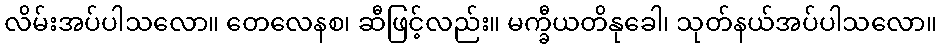
လိမ်းအပ်ပါသလော။ တေလေနစ၊ ဆီဖြင့်လည်း။ မက္ခီယတိနုခေါ၊ သုတ်နယ်အပ်ပါသလော။